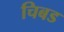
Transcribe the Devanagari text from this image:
चिबड